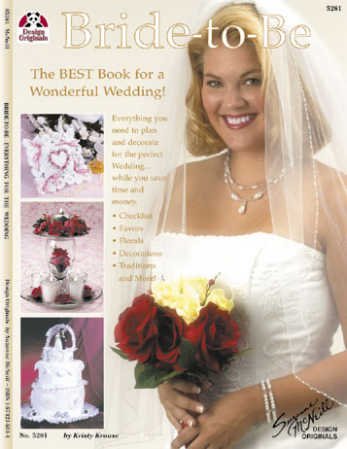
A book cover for Bride to Be - The Best Book for a Perfect Wedding; Kristy Krouse; Crafts, Hobbies & Home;